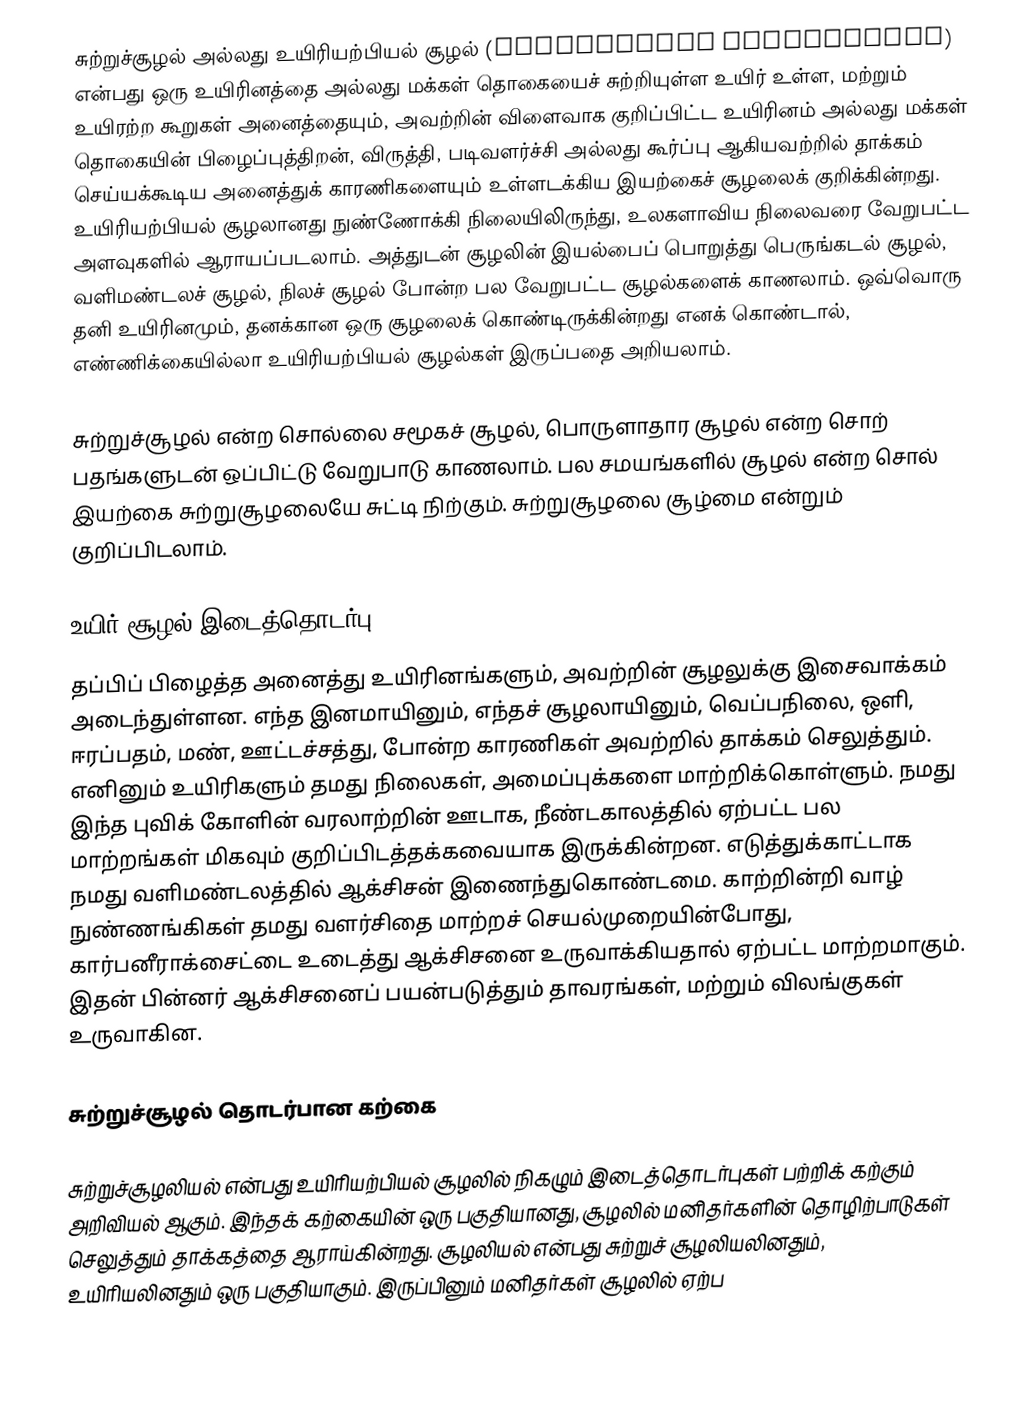
சுற்றுச்சூழல் அல்லது உயிரியற்பியல் சூழல் (Biophysical environment) என்பது ஒரு உயிரினத்தை அல்லது மக்கள் தொகையைச் சுற்றியுள்ள உயிர் உள்ள, மற்றும் உயிரற்ற கூறுகள் அனைத்தையும், அவற்றின் விளைவாக குறிப்பிட்ட உயிரினம் அல்லது மக்கள் தொகையின் பிழைப்புத்திறன், விருத்தி, படிவளர்ச்சி அல்லது கூர்ப்பு ஆகியவற்றில் தாக்கம் செய்யக்கூடிய அனைத்துக் காரணிகளையும் உள்ளடக்கிய இயற்கைச் சூழலைக் குறிக்கின்றது. உயிரியற்பியல் சூழலானது நுண்ணோக்கி நிலையிலிருந்து, உலகளாவிய நிலைவரை வேறுபட்ட அளவுகளில் ஆராயப்படலாம். அத்துடன் சூழலின் இயல்பைப் பொறுத்து பெருங்கடல் சூழல், வளிமண்டலச் சூழல், நிலச் சூழல் போன்ற பல வேறுபட்ட சூழல்களைக் காணலாம். ஒவ்வொரு தனி உயிரினமும், தனக்கான ஒரு சூழலைக் கொண்டிருக்கின்றது எனக் கொண்டால், எண்ணிக்கையில்லா உயிரியற்பியல் சூழல்கள் இருப்பதை அறியலாம்.

சுற்றுச்சூழல் என்ற சொல்லை சமூகச் சூழல், பொருளாதார சூழல் என்ற சொற் பதங்களுடன் ஒப்பிட்டு வேறுபாடு காணலாம். பல சமயங்களில் சூழல் என்ற சொல் இயற்கை சுற்றுசூழலையே சுட்டி நிற்கும். சுற்றுசூழலை சூழ்மை என்றும் குறிப்பிடலாம்.

உயிர் சூழல் இடைத்தொடர்பு
தப்பிப் பிழைத்த அனைத்து உயிரினங்களும், அவற்றின் சூழலுக்கு இசைவாக்கம் அடைந்துள்ளன. எந்த இனமாயினும், எந்தச் சூழலாயினும், வெப்பநிலை, ஒளி, ஈரப்பதம், மண், ஊட்டச்சத்து, போன்ற காரணிகள் அவற்றில் தாக்கம் செலுத்தும். எனினும் உயிரிகளும் தமது நிலைகள், அமைப்புக்களை மாற்றிக்கொள்ளும். நமது இந்த புவிக் கோளின் வரலாற்றின் ஊடாக, நீண்டகாலத்தில் ஏற்பட்ட பல மாற்றங்கள் மிகவும் குறிப்பிடத்தக்கவையாக இருக்கின்றன. எடுத்துக்காட்டாக நமது வளிமண்டலத்தில் ஆக்சிசன் இணைந்துகொண்டமை. காற்றின்றி வாழ் நுண்ணங்கிகள் தமது வளர்சிதை மாற்றச் செயல்முறையின்போது, கார்பனீராக்சைட்டை உடைத்து ஆக்சிசனை உருவாக்கியதால் ஏற்பட்ட மாற்றமாகும். இதன் பின்னர் ஆக்சிசனைப் பயன்படுத்தும் தாவரங்கள், மற்றும் விலங்குகள் உருவாகின.

சுற்றுச்சூழல் தொடர்பான கற்கை

சுற்றுச்சூழலியல் என்பது உயிரியற்பியல் சூழலில் நிகழும் இடைத்தொடர்புகள் பற்றிக் கற்கும் அறிவியல் ஆகும். இந்தக் கற்கையின் ஒரு பகுதியானது, சூழலில் மனிதர்களின் தொழிற்பாடுகள் செலுத்தும் தாக்கத்தை ஆராய்கின்றது. சூழலியல் என்பது சுற்றுச் சூழலியலினதும், உயிரியலினதும் ஒரு பகுதியாகும். இருப்பினும் மனிதர்கள் சூழலில் ஏற்ப